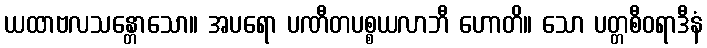
ယထာဗလသန္တောသော။ အပရော ပဏီတပစ္စယလာဘီ ဟောတိ။ သော ပတ္တစီဝရာဒီနံ